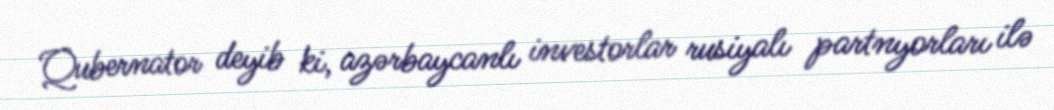
Qubernator deyib ki, azərbaycanlı investorlar rusiyalı partnyorları ilə